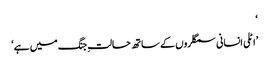
‘
’اٹلی انسانی سمگلروں کے ساتھ حالتِ جنگ میں ہے‘